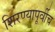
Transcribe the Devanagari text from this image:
शिरण्यापूर्वीच